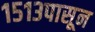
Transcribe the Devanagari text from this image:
१५१३पासून